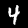
Digit: 4